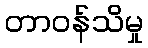
တာဝန်သိမှု